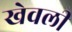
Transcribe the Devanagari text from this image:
खेवली